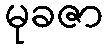
မုခဇာ